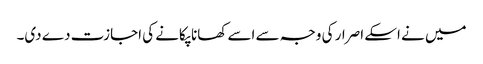
میں نے اسکے اصرار کی وجہ سے اسے کھانا پکانے کی اجازت دے دی۔